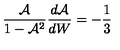
\frac { \mathcal { A } } { 1 - \mathcal { A } ^ { 2 } } \frac { d \mathcal { A } } { d W } = - \frac { 1 } { 3 }